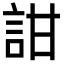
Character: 詌